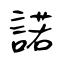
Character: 諾